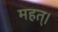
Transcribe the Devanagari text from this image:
महत्।